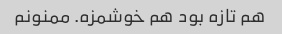
هم تازه بود هم خوشمزه. ممنونم